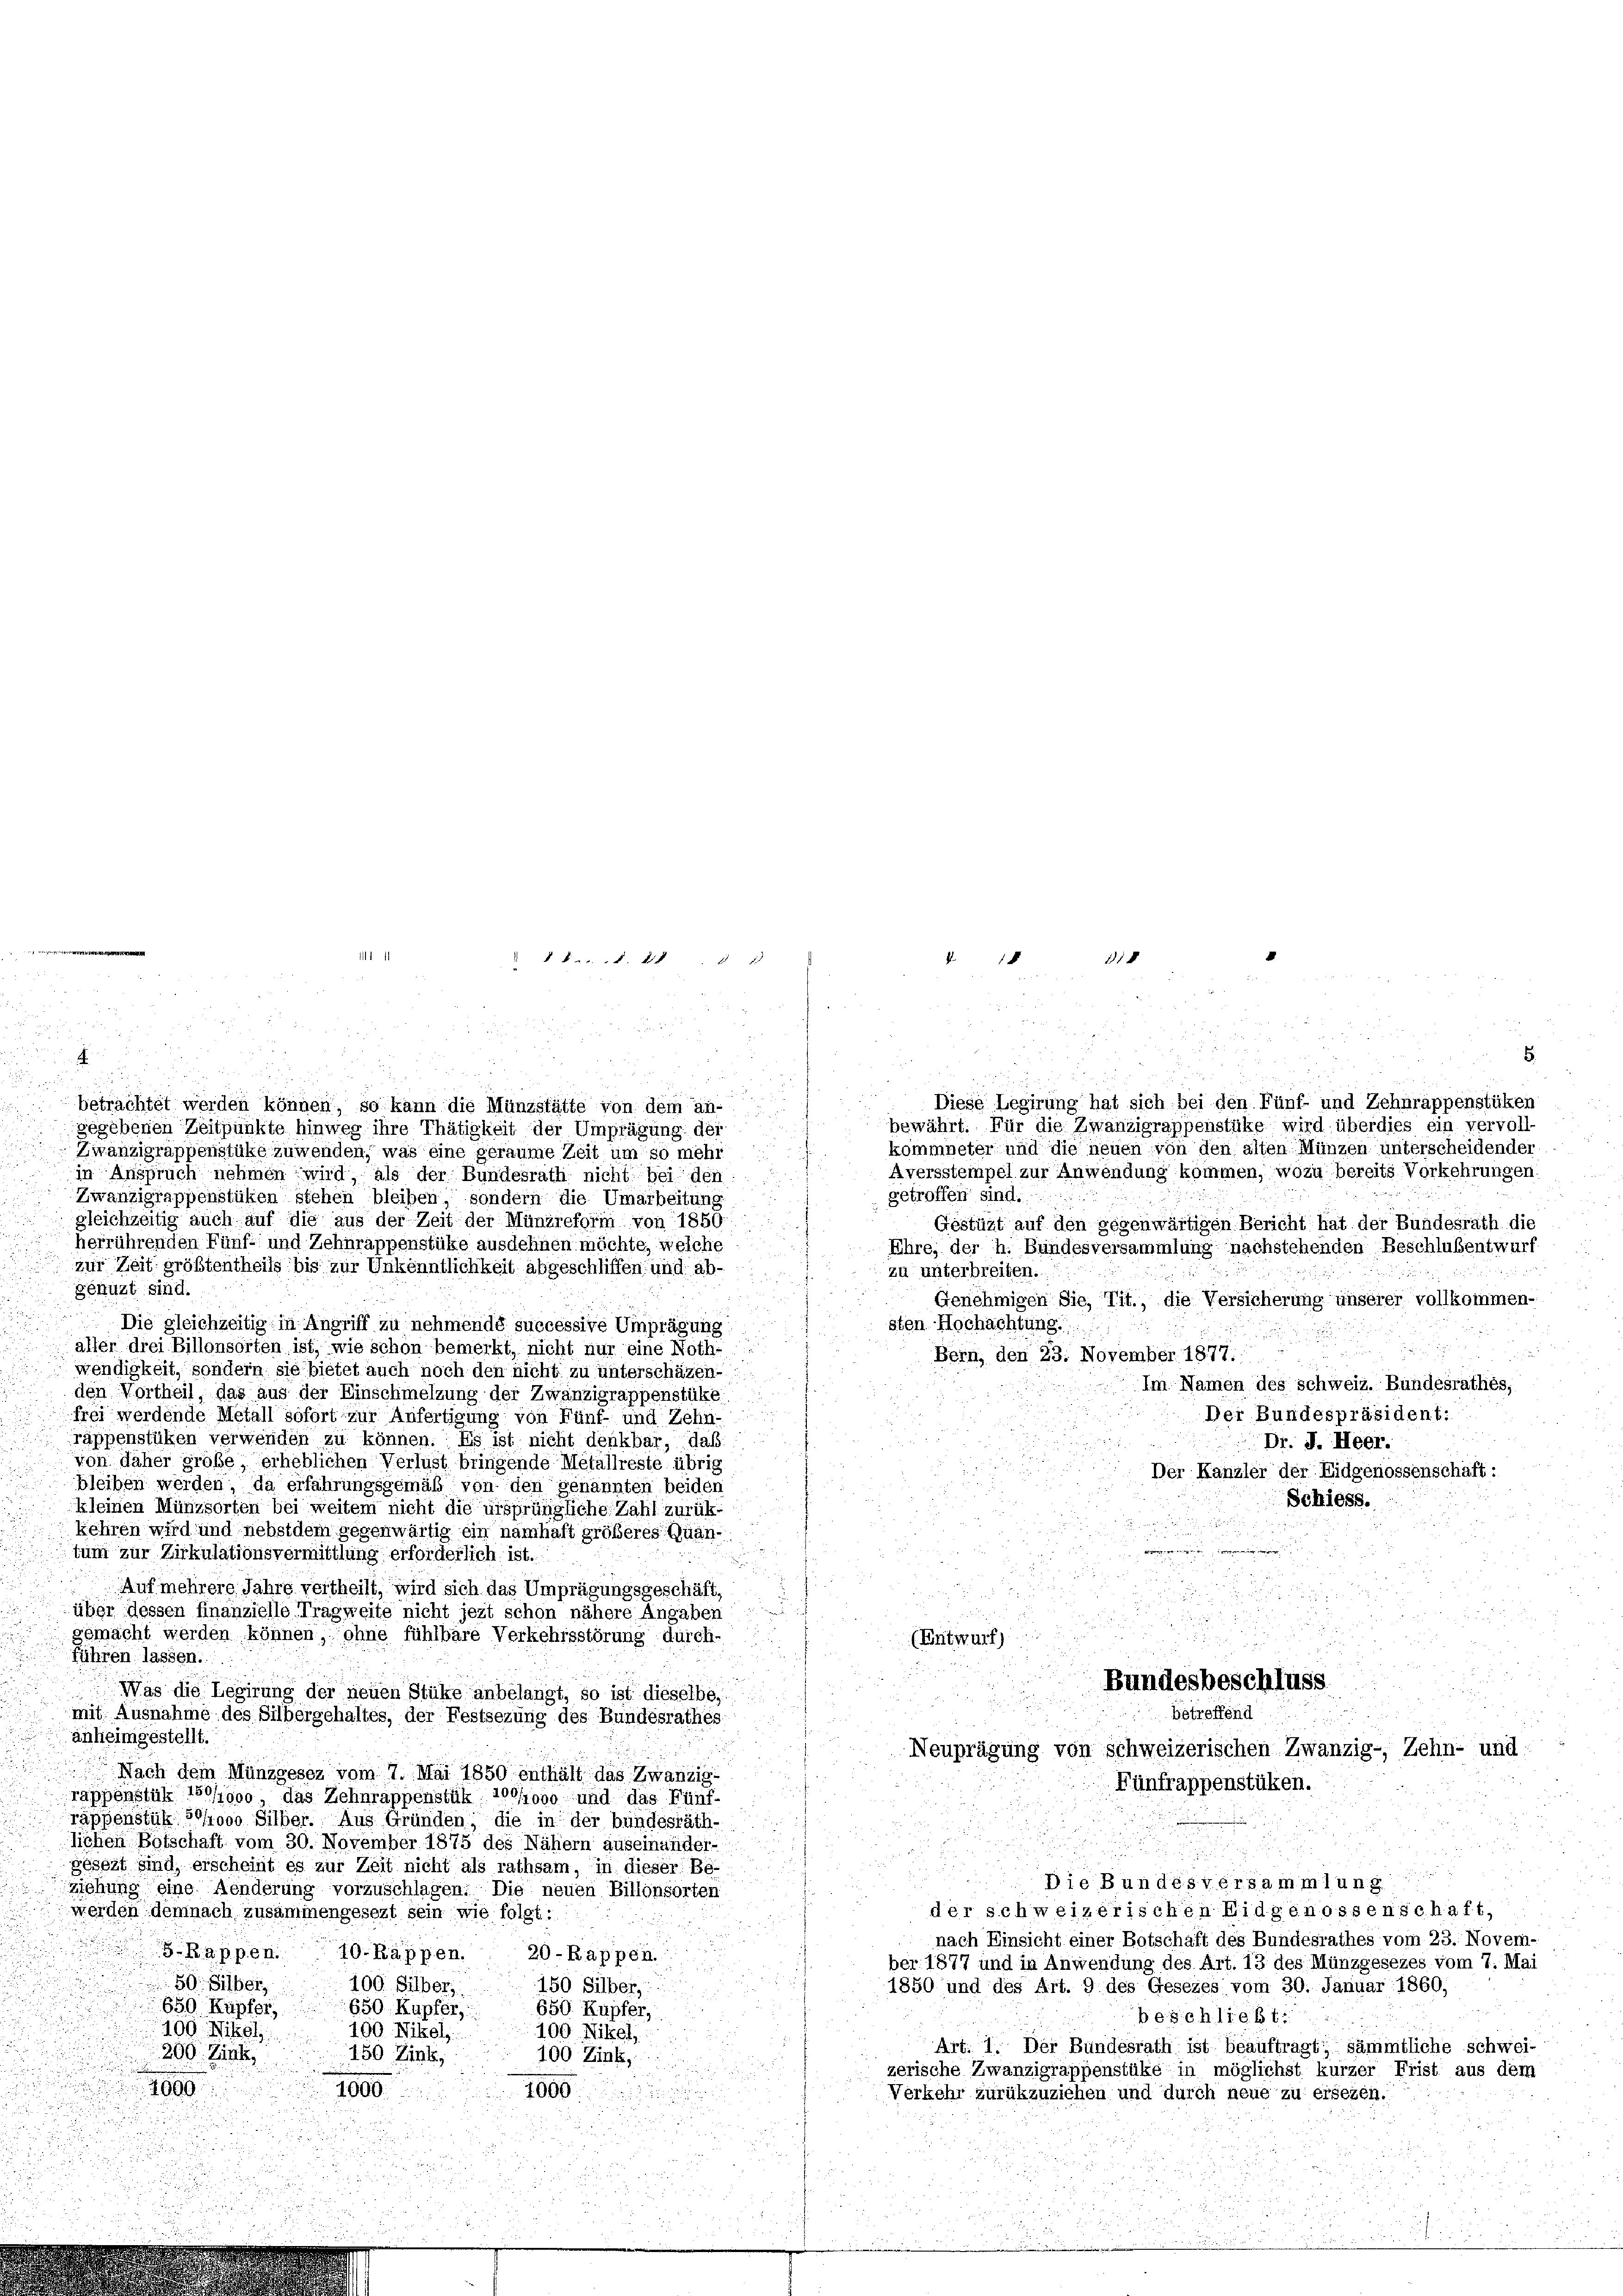
betrachtet werden können, so kann die Münzstätte von dem an-
bewährt. Für die Zwanzigrappenstüke wird überdies ein vervoll-
gegebenen Zeitpunkte hinweg ihre Thätigkeit der Umprägung der
kommneter und die neuen von den alten Münzen unterscheidender
Zwanzigrappenstüke zuwenden, was eine geraume Zeit um so mehr
ich
Aversstempel zur Anwendung kommen, wozu bereits Vorkehrungen
in Anspruch nehmen wird, als der Bundesrath nicht beiden.
getroffen sind.
Zwanzigrappenstüken stehen bleiben, sondern die Umarbeitung
 gleichzeitig auch auf die aus der Zeit der Münzreform von 1850.
Gestüzt auf den gegenwärtigen Bericht hat der Bundesrath die
herrührenden Fünf- und Zehnrappenstüke ausdehnen möchte, welche
Ehre, der h. Bundesversammlung nachstehenden Beschlußentwurf
zur Zeit größtentheils bis zur Unkenntlichkeit abgeschliffen und abzu unterbreiben.
genuzt sind.
Genehmigen Sie, Tit., die Versicherung unserer vollkommen-
sten Hochachtung.
Die gleichzeitig in Angriff zu nehmendé successive Umprägung
u
aller drei Billonsorten ist, wie schon bemerkt, nicht nur eine Noth-
Bern, den 23. November 1877.
wendigkeit, sondern sie bietet auch noch den nicht zu unterschäzen.
Im Namen des Schweiz. Bundesrathes,
den Vortheil, das aus der Einschmelzung der Zwanzigrappenstüke
Der Bundespräsident:
frei werdende Metall sofort zur Anfertigung von Fünf- und Zehn-
rappenstüken verwenden zu können. Es ist nicht denkbar, daß
Dr. J. Heer.
von daher große erheblichen Verlust bringende Metallreste übrig
Der Kanzler der Eidgenossenschäft :
bleiben werden, da erfährungsgemäß von den genannten beiden
Schiess.
kleinen Münzsorten bei weitem nicht die ursprüngliche Zahl zurükkehren wird und nebstdem gegenwärtig ein namhaft größeres Quan¬
.
tum zur Zirkulationsvermittlung erforderlich ist.
Auf mehrere Jahre vertheilt, wird sich das Umprägungsgeschäft,
d
über dessen Finanzielle Tragweite nicht jezt schon nähere Angaben
gemacht werden können, ohne fühlbare Verkehrsstörung durch-
(Entwurf)
8
führen lassen.
Bundesbeschluss
Was die Legirung der neuen Stüke anbelangt, so ist dieselbe,
betreffend
mit Ausnahme des Silbergehaltes, der Festsezung des Bundesrathes
anheimgestellt.
Neuprägung von schweizerischen Zwanzig-, Zehn- und
 Nach dem Münzgesez vom 7. Mai 1850 enthält das Zwanzig-
Fünfrappenstüken.
rappenstük 180/1900, das Zehnrappenstük 10/1000 und das Fünf-
räppenstük 6/1000 Silber. Aus Gründen; die in der bundesräthlichen Botschaft vom 30. November 1875 des Nähern auseinander-
.
gesezt sind, erscheint es zur Zeit nicht als rathsam, in dieser Be-
i
Die Bundesversammlung
ziehung eine Aenderung vorzuschlagen. Die neuen Billonsorten
der schweizerischen Eidgenossenschaft,
werden demnach zusammengesezt sein wie folgt:
nach Einsicht einer Botschaft des Bundesrathes vom 23. Novem-
S-Rappen. 10. Rappen. 20-Rappen.
ber 1877 und in Anwendung des Art. 13 des Münzgesezes vom 7. Mai
50. Silber
100 Silber,
150 Silber,
1850 und des Art. 9 des Gesezes vom 30. Januar 1860,
650 Kapfer
650 Kupfer,
650 Kupfer,
beschließt:
100. Nikol
100 Nikels:
100 Nikel,
Art. 1. Der Bundesrath ist beauftragt, sämmtliche Schwei-
200. Eink
100 Zink,
150 Zink,
zerische Zwanzigräppenstüke in möglichst kurzer Frist aus dem
2800
1000.
1000
Verkehr zurükzuziehen und durch neue zu ersezen.

.

11

§ 5. §. 28

8

§ 18 118

i
u
i
Diese Legirung hat sich bei den Fünf- und Zehnrappenstüken

5